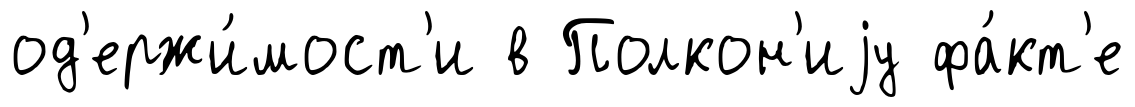
од'ержи́мост'и в Полкон'иjу фа́кт'е